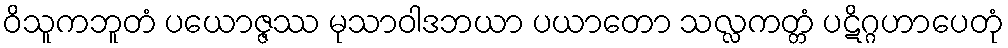
ဝိသူကဘူတံ ပယောဇ္ဇဿ မုသာဝါဒဘယာ ပယာတော သလ္လကတ္တံ ပဋိဂ္ဂဟာပေတုံ